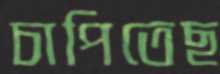
চাপিতেছ